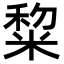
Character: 䊍